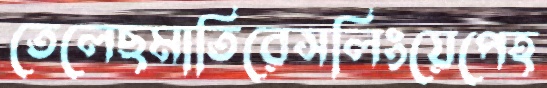
তেলেছমাতিরেসলিংয়েপেহ